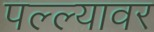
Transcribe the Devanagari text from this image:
पल्ल्यावर